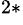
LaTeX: ^{2*}